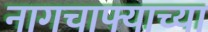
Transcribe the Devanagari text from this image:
नागचाफ्याच्या